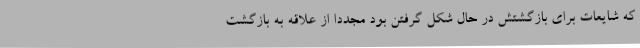
که شایعات برای بازگشتش در حال شکل گرفتن بود مجددا از علاقه به بازگشت